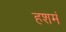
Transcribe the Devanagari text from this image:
हशमं